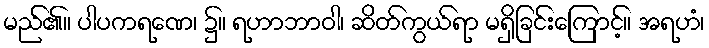
မည်၏။ ပါပကရဏေ၊ ၌။ ရဟာဘာဝါ၊ ဆိတ်ကွယ်ရာ မရှိခြင်းကြောင့်။ အရဟံ၊